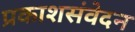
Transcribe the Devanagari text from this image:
प्रकाशसंवेदन